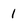
Character: l